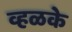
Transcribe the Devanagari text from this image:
व्हळके